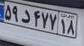
۵۹د۴۷۷۱۸